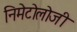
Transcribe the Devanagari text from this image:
निमेटोलोजी